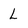
Character: L